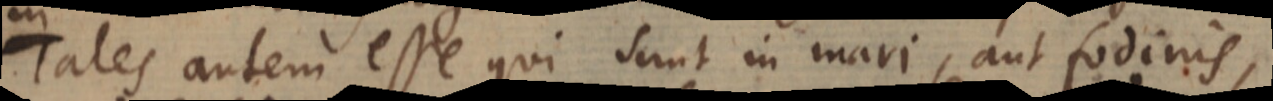
Tales autem esse qui sunt in mari, aut fodinis,